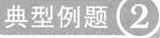
典型例题2